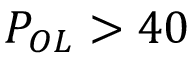
P _ { O L } > 4 0 ~ \